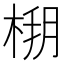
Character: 𣔒